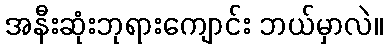
အနီးဆုံးဘုရားကျောင်း ဘယ်မှာလဲ။